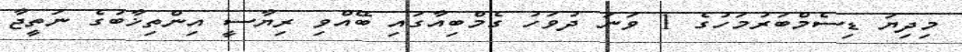
މިދިޔަ ޑިސެމްބަރުމަހުގެ 1 ވަނަ ދުވަހު ގެމްބިއާގައި ބޭއްވި ރިޔާސީ އިންތިޚާބުގެ ނަތީޖާ